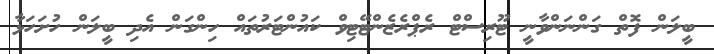
ބީލަން ފޮތް ގަންނަންވާނީ ޓޫރިސްޓް ރެޕްރެޒެންޓޭޓިވް ކަަަައުންޓަރުތައް ހިންގަން އެދި ބީލަން ހުށަހަޅާ